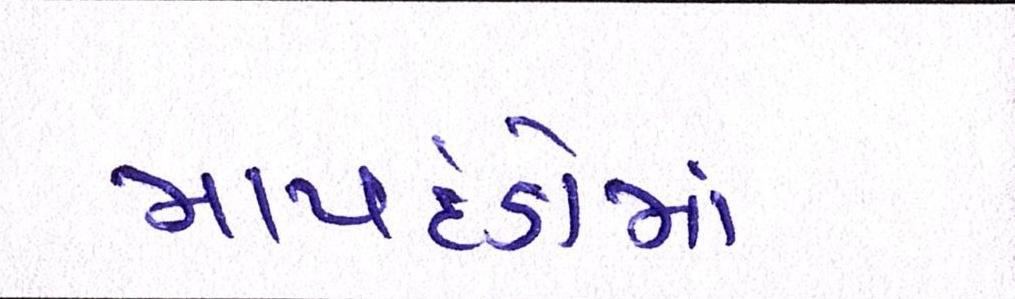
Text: માપદંડોમાં